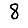
Digit: 8